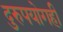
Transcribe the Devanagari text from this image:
दुरुपयोगही